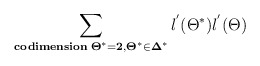
\begin{align*}\sum_{\bf{codimension} \; \Theta^{*} = 2, \Theta^{*} \in \Delta^{*}}{l^{'}(\Theta^{*})l^{'}(\Theta)}\end{align*}